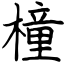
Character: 橦